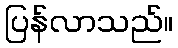
ပြန်လာသည်။